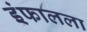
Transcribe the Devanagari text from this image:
इंफालला